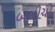
બચીચો